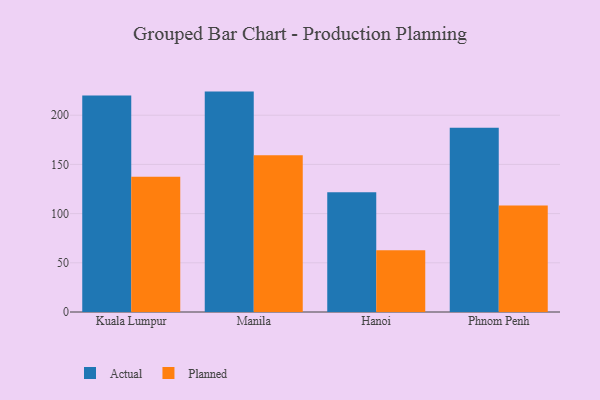
{"axis": {"x": "City", "y": "Temperature (°C)"}, "legend": ["Actual", "Planned"], "data": [{"x": "Kuala Lumpur", "y": 220.0, "type": "Actual"}, {"x": "Kuala Lumpur", "y": 137.4, "type": "Planned"}, {"x": "Manila", "y": 224.0, "type": "Actual"}, {"x": "Manila", "y": 159.4, "type": "Planned"}, {"x": "Hanoi", "y": 121.8, "type": "Actual"}, {"x": "Hanoi", "y": 62.8, "type": "Planned"}, {"x": "Phnom Penh", "y": 187.2, "type": "Actual"}, {"x": "Phnom Penh", "y": 108.2, "type": "Planned"}]}